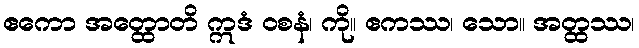
ဧကော အတ္ထောတိ ဣဒံ ဝစနံ၊ ကို။ ဧကဿ၊ သော။ အတ္ထဿ၊